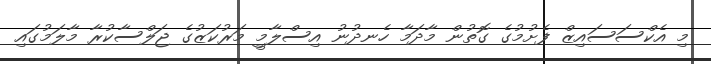
މި އެކްސަސައިޒް ފެށުމުގެ ގޮތުން މާދަމާ ހެނދުނު އިސްލާމިީ މަރުކަޒުގެ ޖަލްސާކުރާ މާލަމުގައި